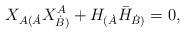
LaTeX: \begin{align*}X_{A(\dot{A}} X^A_{\dot{B})}+H_{(\dot{A}}\bar{H}_{\dot{B})}=0 ,\end{align*}